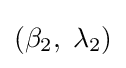
(\beta _{2},\;\lambda _{2})